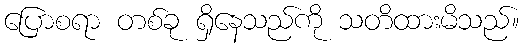
ပြောစရာ တစ်ခု ရှိနေသည်ကို သတိထားမိသည်။